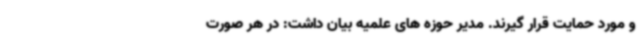
و مورد حمایت قرار گیرند. مدیر حوزه های علمیه بیان داشت: در هر صورت